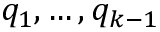
q _ { 1 } , \dots , q _ { k - 1 }